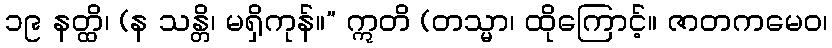
၁၉ နတ္ထိ၊ (န သန္တိ၊ မရှိကုန်။” ဣတိ (တသ္မာ၊ ထိုကြောင့်။ ဇာတကမေဝ၊